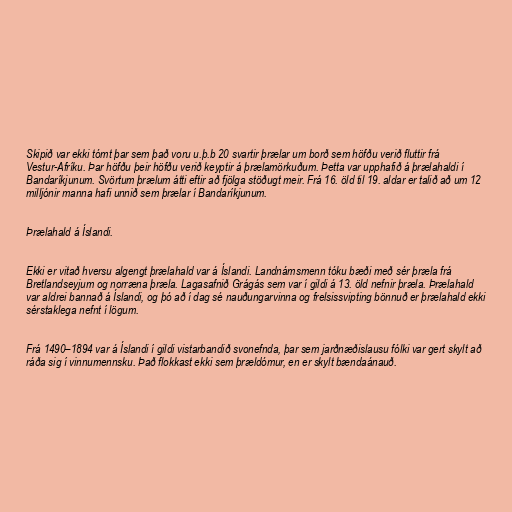
Skipið var ekki tómt þar sem það voru u.þ.b 20 svartir þrælar um borð sem höfðu verið fluttir frá
Vestur-Afríku. Þar höfðu þeir höfðu verið keyptir á þrælamörkuðum. Þetta var upphafið á þrælahaldi í
Bandaríkjunum. Svörtum þrælum átti eftir að fjölga stöðugt meir. Frá 16. öld til 19. aldar er talið að um 12
milljónir manna hafi unnið sem þrælar í Bandaríkjunum.

Þrælahald á Íslandi.

Ekki er vitað hversu algengt þrælahald var á Íslandi. Landnámsmenn tóku bæði með sér þræla frá
Bretlandseyjum og norræna þræla. Lagasafnið Grágás sem var í gildi á 13. öld nefnir þræla. Þrælahald
var aldrei bannað á Íslandi, og þó að í dag sé nauðungarvinna og frelsissvipting bönnuð er þrælahald ekki
sérstaklega nefnt í lögum.

Frá 1490–1894 var á Íslandi í gildi vistarbandið svonefnda, þar sem jarðnæðislausu fólki var gert skylt að
ráða sig í vinnumennsku. Það flokkast ekki sem þrældómur, en er skylt bændaánauð.